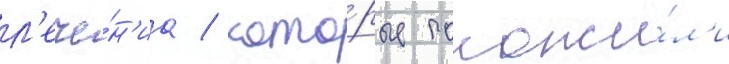
л'ече́н'иа / кото́рые положи́л'и